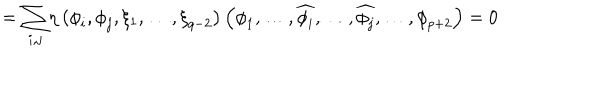
LaTeX: = { \displaystyle \sum _ { i , j } } \eta \left( { \phi } _ { i } , { \phi } _ { j } , \xi _ { 1 } , \ldots , { \xi } _ { q - 2 } \right) \left( { \phi } _ { 1 } , \ldots , \widehat { { \phi } _ { i } } , \ldots , \widehat { { \phi } _ { j } } , \ldots , { \phi } _ { p + 2 } \right) = 0